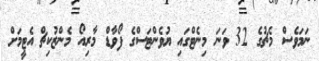
ނަމަވެސް މެޗުގެ 32 ވަނަ މިނެޓްގައި ޔުވެންޓަސްގެ ފޯވާޑް މާރިއޯ މެންޒުކިޗް އެޓީމަށް